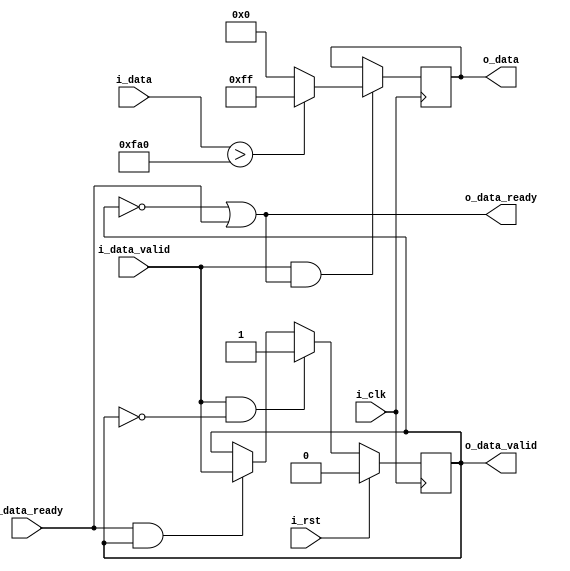
`timescale 1ns / 1ps
//////////////////////////////////////////////////////////////////////////////////
// Company: 
// Engineer: 
// 
// Design Name: 
// Module Name: thresh_sobel_pipe_stage
// Project Name: 
// Target Devices: 
// Tool Versions: 
// Description: 
// 
// Dependencies: 
// 
// Revision:
// Revision 0.01 - File Created
// Additional Comments:
// 
//////////////////////////////////////////////////////////////////////////////////


module thresh_sobel_pipe_stage(
    input i_clk,
    input i_rst,
    
    //upstream
    input [31:0]i_data,
    input i_data_valid,
    output o_data_ready,
    
    //downstream
    output [7:0]o_data,
    output o_data_valid,
    input i_data_ready

    );
    
    reg [7:0]o_thresh_data;
    reg valid_data;
    
    always @(posedge i_clk)
    begin
        if(i_data_valid & o_data_ready)
        begin
            if(i_data > 4000)
                o_thresh_data <= 8'hff;
            else
                o_thresh_data <= 8'h00;
        end    
    end
    
    always @(posedge i_clk)
    begin
        if(i_rst)
            valid_data <= 0;
        else if(i_data_valid & !valid_data)
            valid_data <= 1;
        else if(i_data_ready & valid_data)
            valid_data <= i_data_valid; 
    end
    
    assign o_data_ready = ~valid_data | i_data_ready ;
    assign o_data_valid = valid_data;
    
    assign o_data = o_thresh_data;
    
endmodule